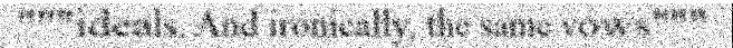
"""ideals. And ironically, the same vows"""